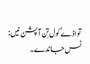
‏
تواڈے کول تِن آپشن نیں:‏
نس جاندے۔